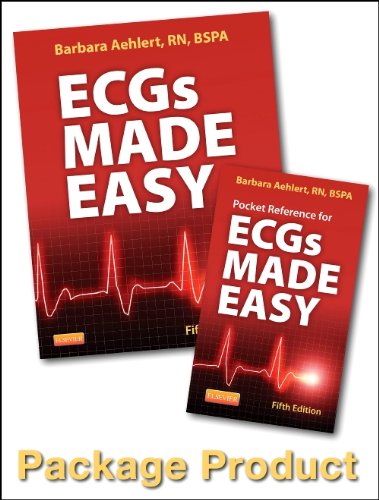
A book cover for ECGs Made Easy - Book and Pocket Reference Package, 5e; Barbara J Aehlert RN  BSPA; Medical Books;